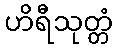
ဟိရီသုတ္တံ